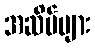
အဆိပ်များ